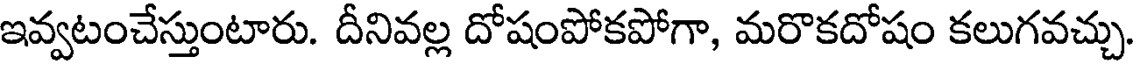
ఇవ్వటంచేస్తుంటారు. దీనివల్ల దోషంపోకపోగా, మరొకదోషం కలుగవచ్చు